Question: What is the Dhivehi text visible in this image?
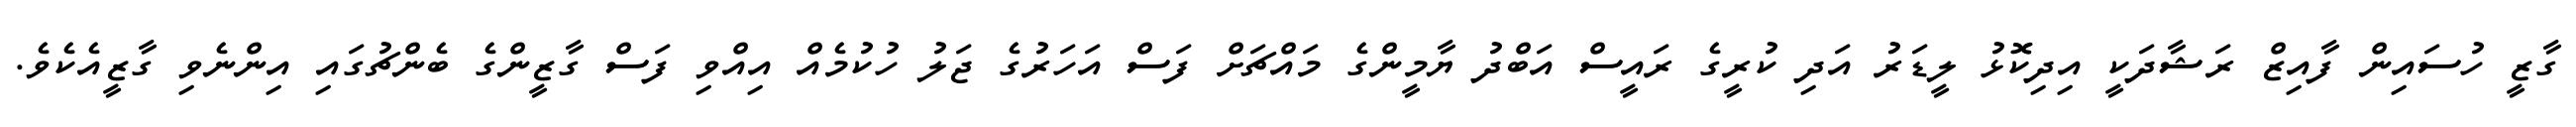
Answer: ގާޒީ ހުސައިން ފާއިޒް ރަޝާދަކީ އިދިކޮޅު ލީޑަރު އަދި ކުރީގެ ރައީސް އަބްދު ޔާމީންގެ މައްޗަށް ފަސް އަހަރުގެ ޖަލު ހުކުމެއް އިއްވި ފަސް ގާޒީންގެ ބެންޗުގައި އިންނެވި ގާޒީއެކެވެ.